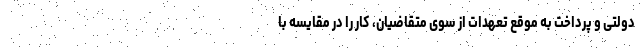
دولتی و پرداخت به موقع تعهدات از سوی متقاضیان، کار را در مقایسه با